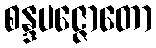
စန္ဒပဇ္ဇောတော